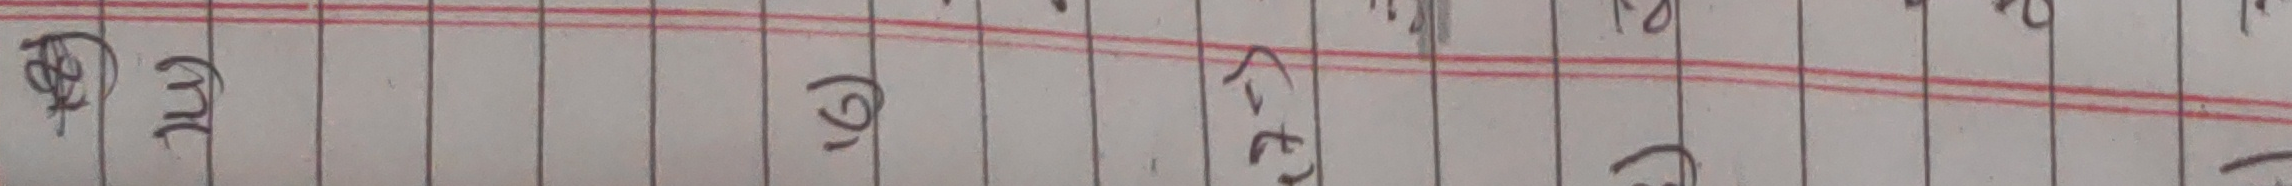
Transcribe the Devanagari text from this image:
धचधचधचधचधच